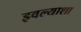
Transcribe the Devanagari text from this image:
इवल्याशा